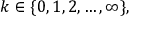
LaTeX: k \in \{ 0 , 1 , 2 , \ldots , \infty \} ,